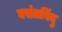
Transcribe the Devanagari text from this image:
वसंतबिंदु